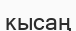
кысаң